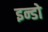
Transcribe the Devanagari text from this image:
इन्डो